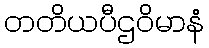
တတိယပီဌဝိမာနံ